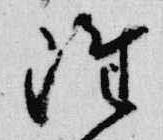
雖